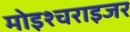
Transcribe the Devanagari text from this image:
मोइश्चराइजर